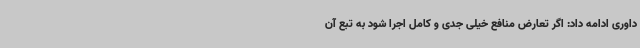
داوری ادامه داد: اگر تعارض منافع خیلی جدی و کامل اجرا شود به تبع آن